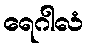
ရေဂါလံ